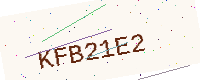
Text: KFB21E2